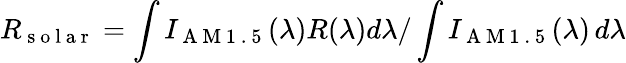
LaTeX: R_{\mathrm{~s~o~l~a~r~}}=\int I_{\mathrm{~A~M~1~.~5~}}(\lambda)R(\lambda)d\lambda/\int I_{\mathrm{~A~M~1~.~5~}}(\lambda)\, d\lambda